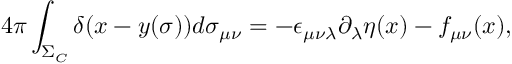
4 \pi \int _ { \Sigma _ { C } } \delta ( x - y ( \sigma ) ) d \sigma _ { \mu \nu } = - \epsilon _ { \mu \nu \lambda } \partial _ { \lambda } \eta ( x ) - f _ { \mu \nu } ( x ) ,